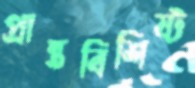
প্রান্তবিশিষ্ট